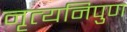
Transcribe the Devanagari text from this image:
नृत्यनिपुण